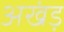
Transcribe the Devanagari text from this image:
अखंड़